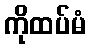
ကိုထပ်မံ